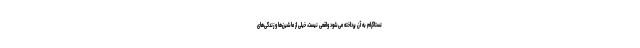
نستاگرام به آن پرداخته می‌شود واقعی نیست، خیلی از ماشین‌ها و زندگی‌های